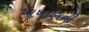
વખાણની